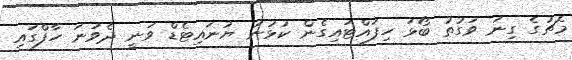
މެޗުގެ ގިނަ ވަގުތު ބޯޅަ ހިފައްޓައިގެން ކުޅުނު ޔުނައިޓެޑް ވަނީ ދެވަނަ ހާފްގައި